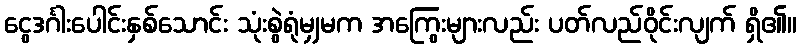
ငွေဒင်္ဂါးပေါင်းနှစ်သောင်း သုံးစွဲရုံမျှမက အကြွေးများလည်း ပတ်လည်ဝိုင်းလျက် ရှိ၏။